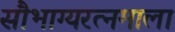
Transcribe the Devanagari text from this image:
सौभाग्यरत्नमाला